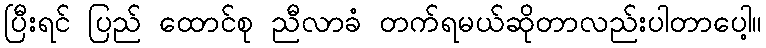
ပြီးရင် ပြည် ထောင်စု ညီလာခံ တက်ရမယ်ဆိုတာလည်းပါတာပေါ့။